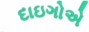
દાઇગોએ